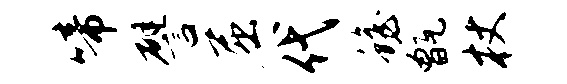
啼譬屈代蟾甑杖